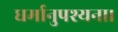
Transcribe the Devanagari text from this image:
धर्मानुपश्यना।